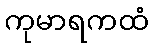
ကုမာရကထံ